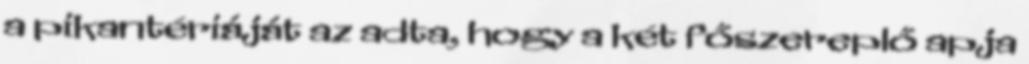
a pikantériáját az adta, hogy a két főszereplő apja